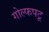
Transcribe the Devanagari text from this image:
गोल्फपटू